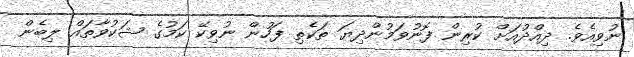
ނުވިއެވެ. ދިއްދުއަށް ކުރިން ފޮނުވަމުންދިޔަ ތަކެތި ފަހުން ނުވިކޭ ކަމުގެ ޝަކުވާތައް ލިބެން